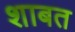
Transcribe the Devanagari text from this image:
शाबत